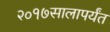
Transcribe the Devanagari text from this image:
२०१७सालापर्यंत